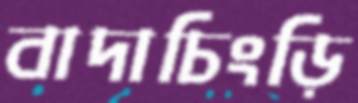
বাদাচিংড়ি